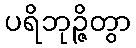
ပရိဘုဉ္ဇိတွာ